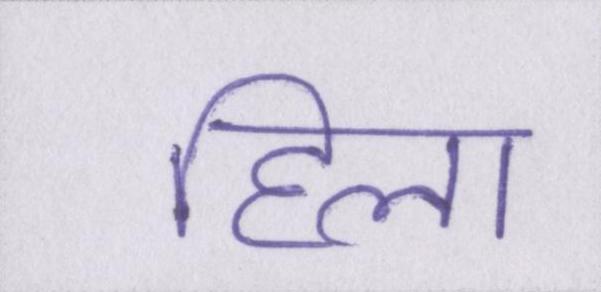
हिला